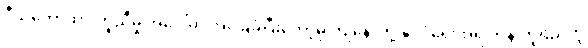
ဒီသဘောထားတူညီမှု အပေါ်မှာ အခြေခံပြီးတော့မှ ကျနော်တို့ နိုင်ငံရေးအရ တန်းတူရည်တူ